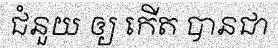
ជំនួយ ឲ្យ កើត បានជា